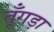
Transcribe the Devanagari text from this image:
तूँगड़ा